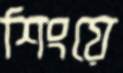
শিংয়ে